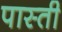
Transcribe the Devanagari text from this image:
पास्ती